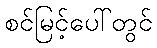
စင်မြင့်ပေါ်တွင်